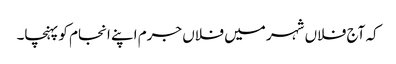
کہ آج فلاں شہر میں فلاں جرم اپنے انجام کو پہنچا۔